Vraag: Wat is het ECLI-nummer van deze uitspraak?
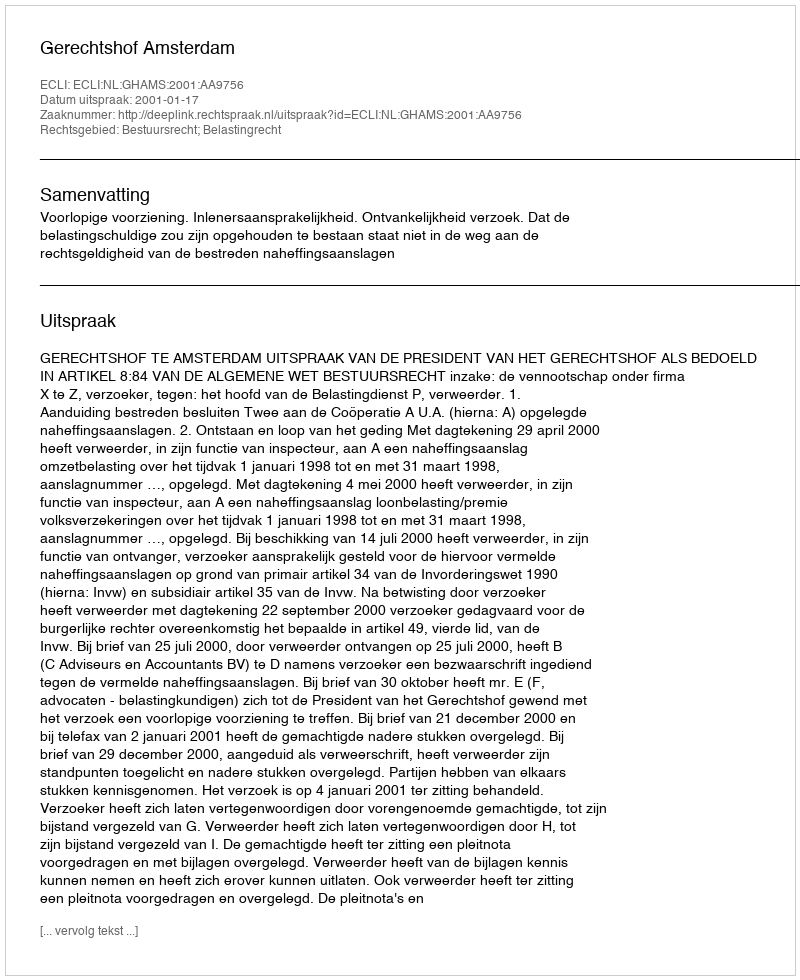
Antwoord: ECLI:NL:GHAMS:2001:AA9756